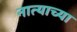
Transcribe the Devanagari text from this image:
नात्याच्या